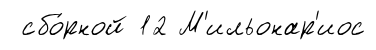
сбо́рной 12 М'ильонар'иос